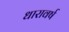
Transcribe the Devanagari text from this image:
धारावर्ष